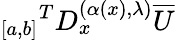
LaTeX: {_{[a,b]}}^{T}D_{x}^{(\alpha(x),{\lambda})}\overline{{U}}